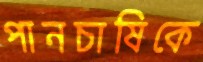
পানচাষিকে